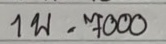
1 พ = 7000